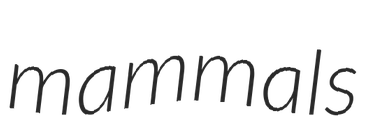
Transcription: mammals